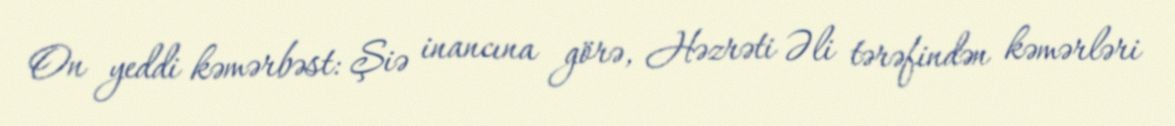
On yeddi kəmərbəst: Şiə inancına görə, Həzrəti Əli tərəfindən kəmərləri